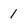
Character: 1